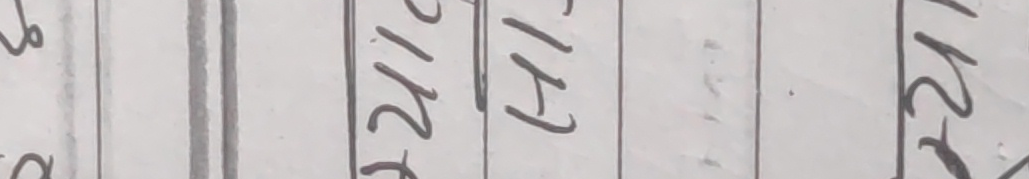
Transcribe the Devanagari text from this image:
१५